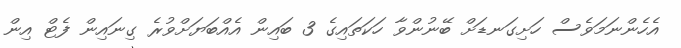
އެހެންނަމަވެސް ހަށިގަނޑަށް ބޭނުންވާ ހަކަތައިގެ 3 ބައިން އެއްބަޔަށްވުރެ ގިނައިން ފެޓް އިން